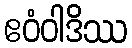
ဧဝံဝါဒိဿ